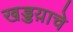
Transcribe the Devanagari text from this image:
खड्डय़ाचे